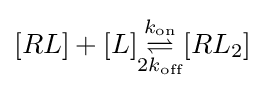
[RL]+[L]{\underset {2k_{\text{off}}}{\overset {k_{\text{on}}}{\rightleftharpoons }}}[RL_{2}]